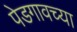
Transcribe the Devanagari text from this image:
पेडगावच्या